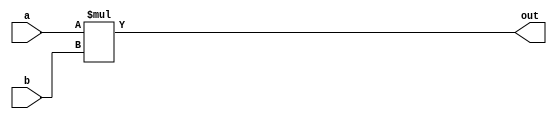
module multiplier_23 (
    input [15:0] a,
    input [15:0] b,
    output reg [15:0] out
  );
  
  
  
  always @* begin
    out = a * b;
  end
endmodule